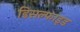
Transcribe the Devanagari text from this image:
डिसल्फाइड